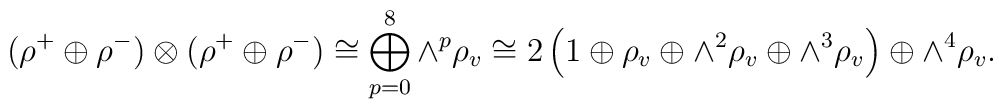
(\rho^{+}\oplus\rho^{-})\otimes(\rho^{+}\oplus\rho^{-})\cong\bigoplus_{p=0}^{8}{\wedge}^{p}\rho_{v}\cong 2\left(1\oplus\rho_{v}\oplus{\wedge}^{2}\rho_{v}\oplus{\wedge}^{3}\rho_{v}\right)\oplus {\wedge}^{4}\rho_{v}.